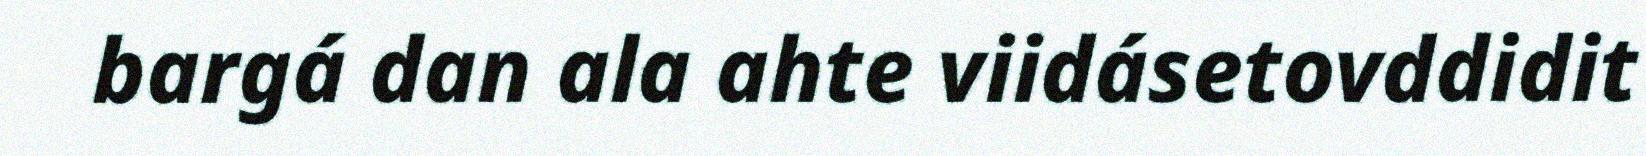
bargá dan ala ahte viidásetovddidit